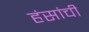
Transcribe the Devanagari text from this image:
हंसांची